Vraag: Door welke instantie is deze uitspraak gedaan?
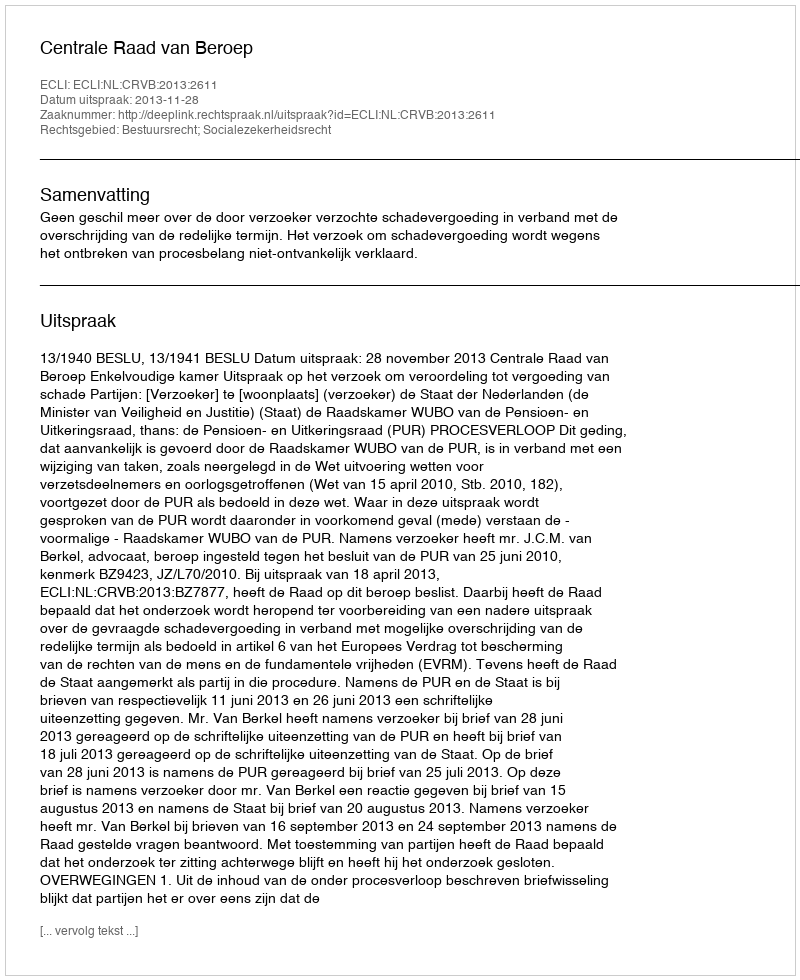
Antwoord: Centrale Raad van Beroep